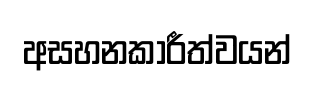
අසහනකාරීත්වයන්